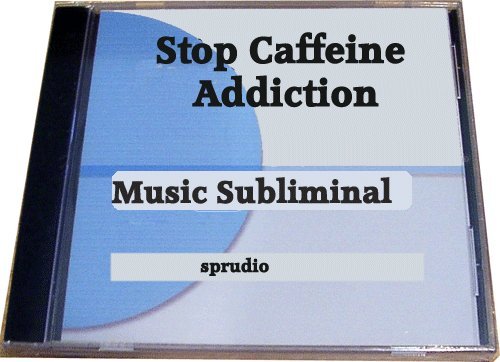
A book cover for Stop Caffeine Addiction Music Subliminal Cd (Self Help); Sprudio; Health, Fitness & Dieting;